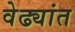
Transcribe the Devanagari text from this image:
वेढ्यांत